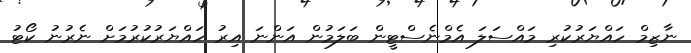
ނާޒިމް ހައްޔަރުކުރި މައްސަލަ އެމްނެސްޓީން ބަލަމުން އަންނަ އިރު ހައްޔަރުކުރުމަށް ނެރުނު ކޯޓު